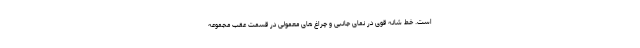
است. خط شانه قوی در نمای جانبی و چراغ های معمولی در قسمت عقب مجموعه